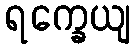
ရက္ခေယျ